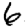
Digit: 6